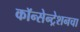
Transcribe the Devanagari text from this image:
कॉन्सेन्ट्रेशनचा